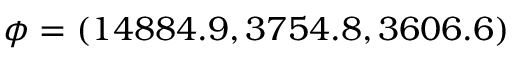
\phi = ( 1 4 8 8 4 . 9 , 3 7 5 4 . 8 , 3 6 0 6 . 6 )